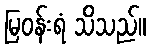
မြဝန်းရံ သိသည်။